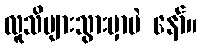
လူသိများသွားမှာပဲ နော်။